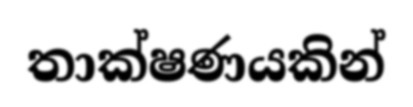
තාක්ෂණයකින්